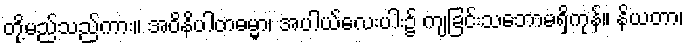
တို့မည်သည်ကား။ အဝိနိပါတဓမ္မာ၊ အပါယ်လေးပါး၌ ကျခြင်းသဘောမရှိကုန်။ နိယတာ၊